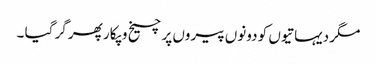
مگر دیہاتیوں کو دونوں پیروں پر چیخ و پکار پھر گر گیا ۔